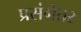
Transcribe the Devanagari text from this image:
प्रसंगेतर